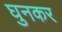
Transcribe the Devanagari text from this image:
घुनकर